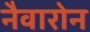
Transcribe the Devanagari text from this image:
नैवारोन